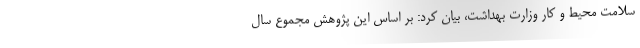
سلامت محیط و کار وزارت بهداشت، بیان کرد: بر اساس این پژوهش مجموع سال